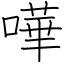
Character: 嘩